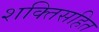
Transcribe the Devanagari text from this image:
शक्तिसहित